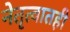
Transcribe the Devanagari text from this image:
नेतृत्वातही